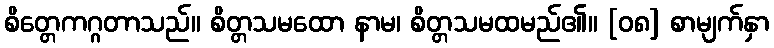
စိတ္တေကဂ္ဂတာသည်။ စိတ္တသမထော နာမ၊ စိတ္တသမထမည်၏။ [၀၈] စာမျက်နှာ